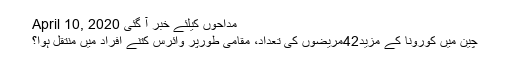
مداحوں کیلئے خبر آ گئی April 10, 2020
چین میں کورونا کے مزید42مریضوں کی تعداد، مقامی طورپر وائرس کتنے افراد میں منتقل ہوا؟